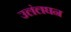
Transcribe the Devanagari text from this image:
उलंलघन